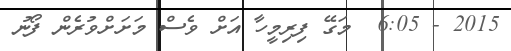
2015 - 6:05  މަގޭ ފިރިމީހާ އަށް ވެސް މަށަށްވުރެން ފޯނު